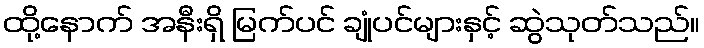
ထို့နောက် အနီးရှိ မြက်ပင် ချုံပင်များနှင့် ဆွဲသုတ်သည်။